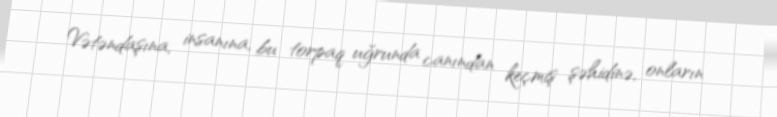
Vətəndaşına, insanına, bu torpaq uğrunda canından keçmiş şəhidinə, onların